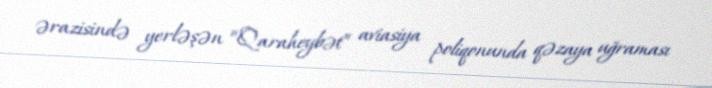
ərazisində yerləşən “Qaraheybət” aviasiya poliqonunda qəzaya uğraması